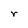
Character: r